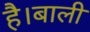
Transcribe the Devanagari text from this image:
है।बाली